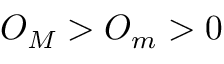
O _ { M } > O _ { m } > 0